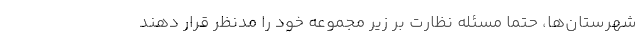
شهرستان‌ها، حتما مسئله نظارت بر زیر مجموعه خود را مدنظر قرار دهند